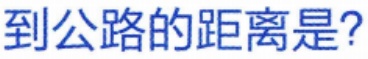
到公路的距离是?